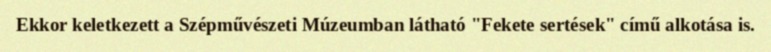
Ekkor keletkezett a Szépművészeti Múzeumban látható "Fekete sertések" című alkotása is.